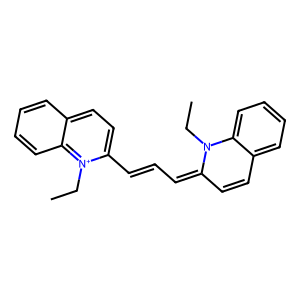
SMILES: CCN1C(=CC=Cc2ccc3ccccc3[n+]2CC)C=Cc2ccccc21
Inhibits HIV replication: No